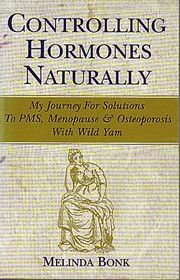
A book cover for Controlling Hormones Naturally: My Journey for Solutions to Pms, Menopause & Osteoporsis With Wild Yam; Melinda Bonk; Health, Fitness & Dieting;